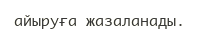
айыруға жазаланады.